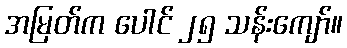
အမြတ်က ပေါင် ၂၅ သန်းကျော်။